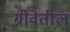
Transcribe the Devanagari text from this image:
ग्रीवेतील